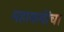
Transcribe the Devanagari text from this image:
महाकवींचा